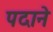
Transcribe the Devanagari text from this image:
पदाने